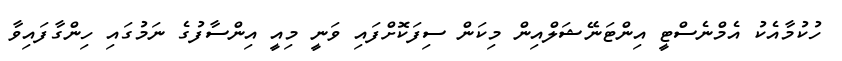
ހުކުމާއެކު އެމްނެސްޓީ އިންޓަނޭޝަލްއިން މިކަން ސިފަކޮށްފައި ވަނީ މިއީ އިންސާފުގެ ނަމުގައި ހިންގާފައިވާ